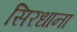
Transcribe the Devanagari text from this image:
सिरधाना